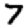
Digit: 7